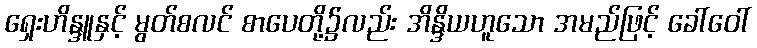
ရှေးဟိန္ဒူနှင့် မွတ်စလင် စာပေတို့၌လည်း အိန္ဒိယဟူသော အမည်ဖြင့် ခေါ်ဝေါ်